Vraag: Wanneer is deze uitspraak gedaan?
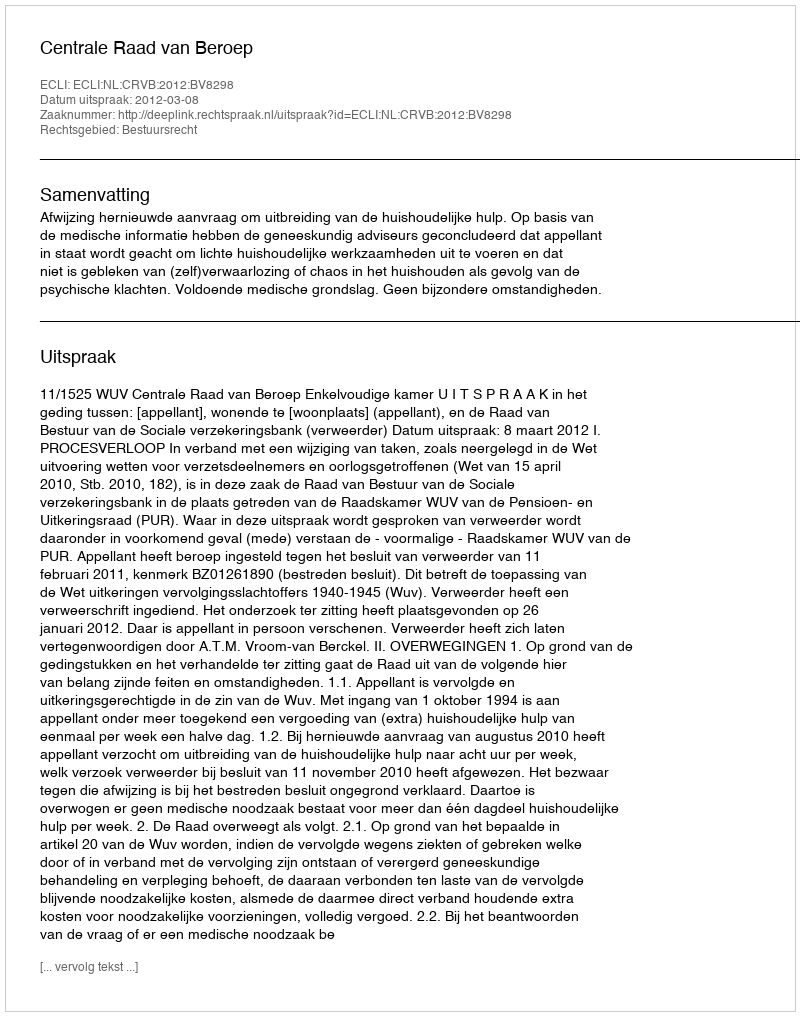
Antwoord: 2012-03-08